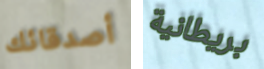
أصدقائك بريطانية